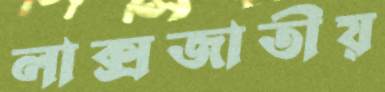
লাক্সজাতীয়